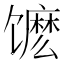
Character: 𬳔